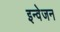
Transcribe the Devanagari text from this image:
इन्वेजन